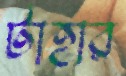
টাহার